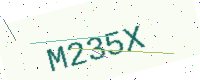
Text: M235X